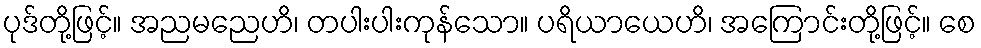
ပုဒ်တို့ဖြင့်။ အညမညေဟိ၊ တပါးပါးကုန်သော။ ပရိယာယေဟိ၊ အကြောင်းတို့ဖြင့်။ စေ